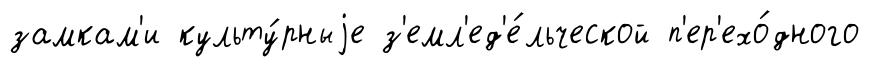
замкам'и культу́рныjе з'емл'ед'е́льческой п'ер'ехо́дного